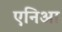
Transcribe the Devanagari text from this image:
एनिआ